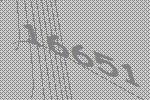
16651